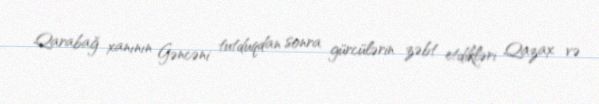
Qarabağ xanının Gəncəni tutduqdan sonra gürcülərin zəbt etdikləri Qazax və